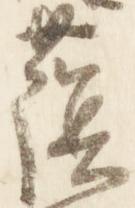
蔭